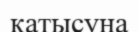
қатысуна